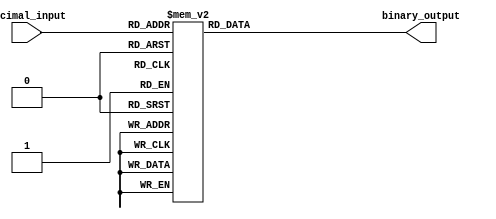
module DecimalToBinaryEncoder (
    input [3:0] decimal_input,  // 4-bit input representing decimal digit (0-9)
    output reg [3:0] binary_output // 4-bit output representing binary equivalent
);

// Always block to describe the combinational logic
always @(*) begin
    case (decimal_input)
        4'b0000: binary_output = 4'b0000; // Decimal 0
        4'b0001: binary_output = 4'b0001; // Decimal 1
        4'b0010: binary_output = 4'b0010; // Decimal 2
        4'b0011: binary_output = 4'b0011; // Decimal 3
        4'b0100: binary_output = 4'b0100; // Decimal 4
        4'b0101: binary_output = 4'b0101; // Decimal 5
        4'b0110: binary_output = 4'b0110; // Decimal 6
        4'b0111: binary_output = 4'b0111; // Decimal 7
        4'b1000: binary_output = 4'b1000; // Decimal 8
        4'b1001: binary_output = 4'b1001; // Decimal 9
        default: binary_output = 4'b0000; // Invalid input (10-15)
    endcase
end

endmodule